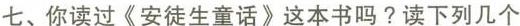
七、你读过《安徒生童话》这本书吗?读下列几个